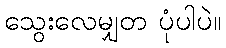
သွေးလေမျှတ ပုံပါပဲ။